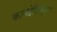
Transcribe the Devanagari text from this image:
कायदेशिक्षण